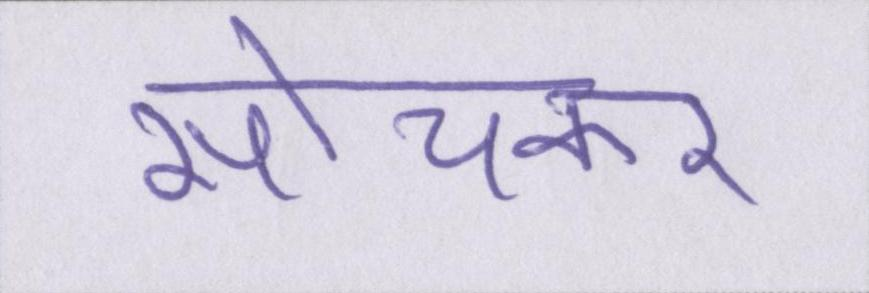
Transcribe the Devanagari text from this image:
सोचकर